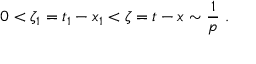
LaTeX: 0 < \zeta _ { 1 } = t _ { 1 } - x _ { 1 } < \zeta = t - x \sim \frac 1 p \ .